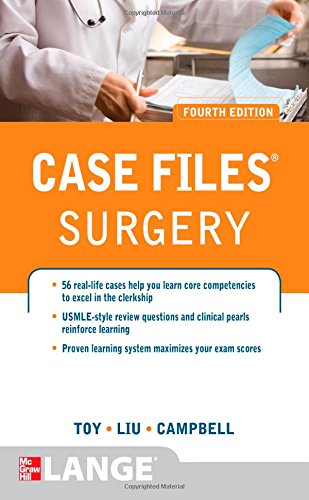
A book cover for Case Files Surgery, Fourth Edition (LANGE Case Files); Eugene Toy; Test Preparation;